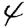
Digit: 4